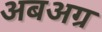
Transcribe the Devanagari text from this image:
अबअग्र